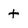
Character: t